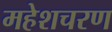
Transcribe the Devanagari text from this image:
महेशचरण